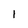
Character: I